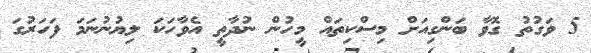
5 ވަގުތު ގޮވާ ބަންގިއަށް މިސްކިތައް މީހުން ނުދާތީ އެވާހަކަ ލިޔުނުނަމަ ފަހަރުގަ